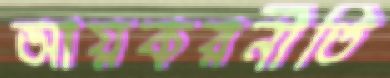
আয়করনীতি